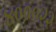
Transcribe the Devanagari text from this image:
४०००२२